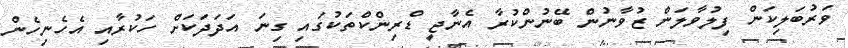
ވަރުބަލިކަން ފިލުވާލަން ޒުވާނުން ބޭނުންކުރާ އެނާޖީ ޑްރިންކްތަކުގައި ގިނަ އަދަދަކަށް ހަކުރާއި އެހެނިހެން